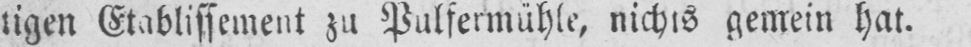
tigen Etablissement zu Pulfermühle, nichts gemein hat.